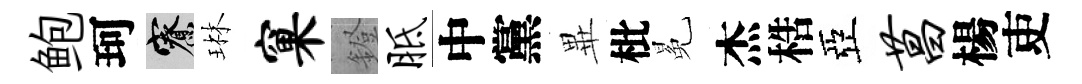
鲍珂寮琳窠鐙胝中黨𭺾枇冕杰梏亞菖楊吏